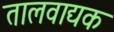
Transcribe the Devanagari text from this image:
तालवाद्यक